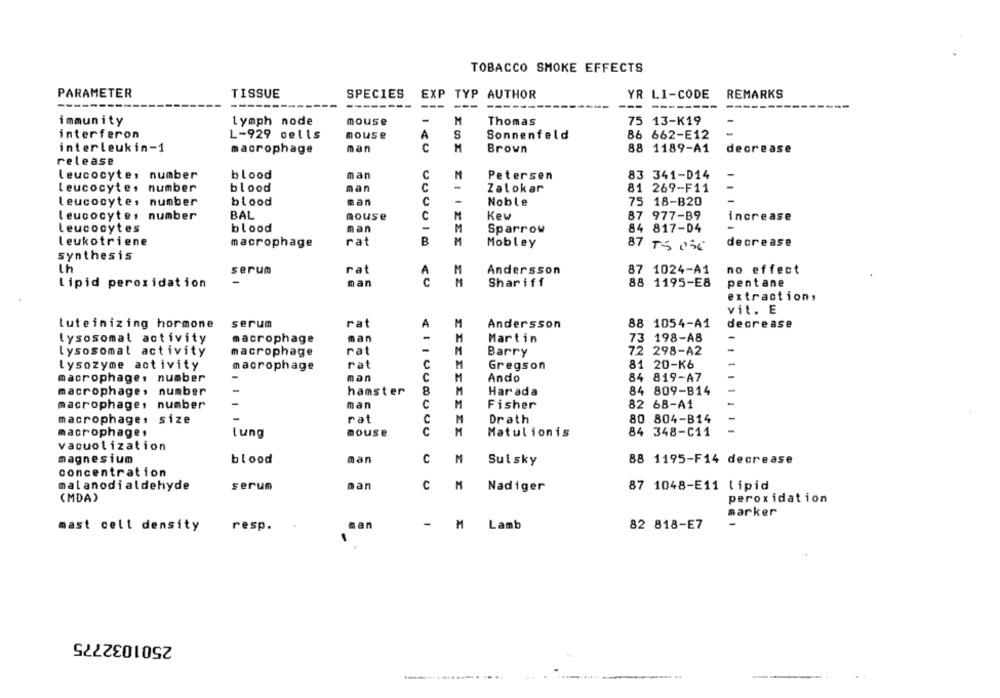
TOBACCO SMOKE EFFECTS
PARAMETER
TISSUE
SPECIES
EXP TYP AUTHOR
YR LI-CODE
REMARKS
---
------
---
--
immunity
lymph node
mouse
-
M
Thomas
75 13-K19
-
-
interferon
L-929 cells
mouse
A
S
Sonnenfeld
86 662-E12
C
M
interleukin-1
macrophage
man
Brown
88 1189-A1
decrease
release
leucocytes number
blood
man
C
M
83 341-D14
Petersen
leucocyte, number
blood
man
C
Zalokar
81 269-F11
Leucocytes number
blood
man
C
Noble
75 18-B20
leucocytes number
BAL
mouse
C
M
Kew
87 977-89
increase
leucocytes
blood
man
M
Sparrow
84 817-04
leukotriene
macrophage
rat
B
M
Mobley
decrease
87 TS 036
synthesis
serum
rat
M
Andersson
87 1024-A1
no effect
A
Lipid peroxidation
man
Shariff
88 1195-E8
pentane
extraction,
vit. E
tuteinizing hormone
serum
rat
A
Andersson
88 1054-A1
decrease
lysosomal activity
macrophage
man
Martin
73 198-A8
-
-
lysosomal activity
macrophage
rat
Barry
72 298-A2
C
-
lysozyme activity
macrophage
rat
Gregson
81 20-K6
man
C
84 819-A7
macrophage, number
Ando
hamster
8
84 809-B14
macrophage, number
Har ada
11
man
C
Fisher
82 6B-A1
-
macrophage, number
rat
C
Drath
80 804-814
macrophage, size
macrophage,
mouse
C
Matulionis
84 348-C11
Lung
vacuolization
magnesium
blood
man
C
M
Sulsky
88 1195-F14 decrease
concentration
malanodialdehyde
serum
man
c
M
Nadiger
87 1048-E11 Lipid
(MDA)
peroxidation
marker
-
mast cell density
resp.
man
1
Lamb
82 818-E7
2501032775
.---... .......-...